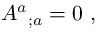
{ A ^ { a } } _ { ; a } = 0 \ ,